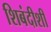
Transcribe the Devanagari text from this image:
शिबंदीशी